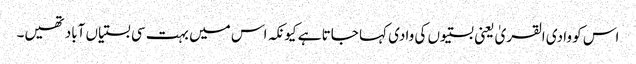
اس کو وادی القریٰ یعنی بستیوں کی وادی کہا جاتا ہے کیونکہ اس میں بہت سی بستیاں آباد تھیں۔